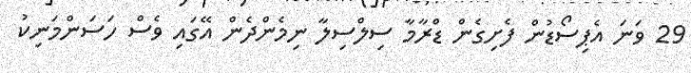
29 ވަނަ އެޕިސޯޑުން ފެށިގެން ޑްރާމާ ސިލްސިލާ ނިމެންދެން އޭގައި ވެސް ހަސަންމަނިކު